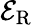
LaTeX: \mathcal{E}_{\mathrm{R}}